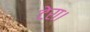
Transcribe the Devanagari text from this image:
टेरा।